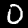
Label: 0